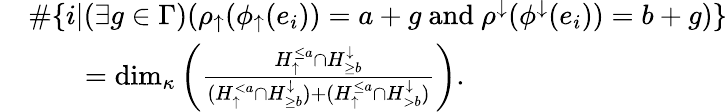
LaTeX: \begin{array}{rl}&{\# \{ i|(\exists g\in\Gamma)(\rho_{\uparrow}(\phi_{\uparrow}(e_{i}))=a+g\mathrm{~and~}\rho^{\downarrow}(\phi^{\downarrow}(e_{i}))=b+g)\} }\\ &{\qquad=\dim_{\kappa}\left(\frac{H_{\uparrow}^{\leq a}\cap H_{\geq b}^{\downarrow}}{(H_{\uparrow}^{<a}\cap H_{\geq b}^{\downarrow})+(H_{\uparrow}^{\leq a}\cap H_{>b}^{\downarrow})}\right).}\end{array}